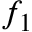
f _ { 1 }